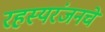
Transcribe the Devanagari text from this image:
रहस्यरंजनचे